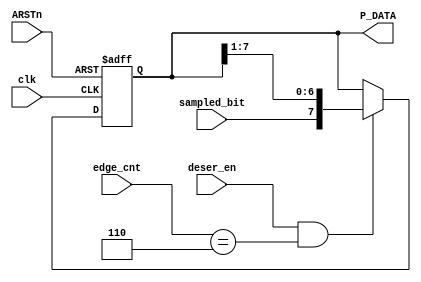
module RX_deserializer (
	input      clk,    // Clock
	input      ARSTn,  // Asynchronous reset active low
	input      deser_en,
	input      sampled_bit,
	input      [2:0] edge_cnt,
	output reg [7:0] P_DATA
);

//reg [2:0] counter=0;

always @(posedge clk or negedge ARSTn) begin
	if(~ARSTn) begin
		P_DATA <= 0;
//		counter <= 0;
	end 
	else begin
		if((deser_en==1) && (edge_cnt==6)) begin
           P_DATA <= {sampled_bit,P_DATA[7:1]}	;
		end
		else begin
			P_DATA <= P_DATA;
		end 

	end
end

endmodule